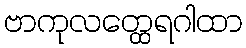
ဗာကုလတ္ထေရဂါထာ